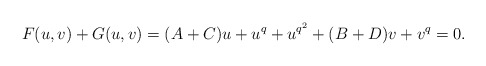
\begin{align*}F(u,v)+G(u,v)=(A+C)u + u^q + u^{q^2} + (B+D)v + v^q=0.\end{align*}